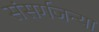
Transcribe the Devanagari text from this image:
संसर्गजन्या